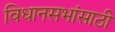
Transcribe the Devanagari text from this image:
विधानसभांसाठी